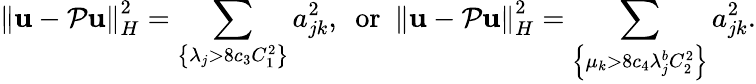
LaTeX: \left\lVert\boldsymbol{\mathbf{u}}-\mathcal{{P}}\boldsymbol{\mathbf{u}}\right\rVert_{H}^{2}=\sum_{\left\{ \lambda_{j}>8c_{3}C_{1}^{2}\right\} }a_{jk}^{2},\ \mathrm{{~or~}}\ \left\lVert\boldsymbol{\mathbf{u}}-\mathcal{{P}}\boldsymbol{\mathbf{u}}\right\rVert_{H}^{2}=\sum_{\left\{ \mu_{k}>8c_{4}\lambda_{j}^{b}C_{2}^{2}\right\} }a_{jk}^{2}.